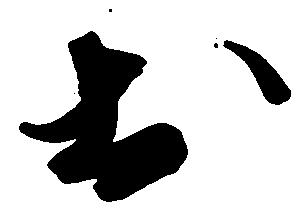
於